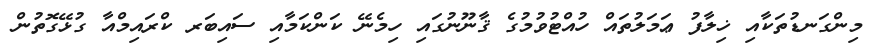
މިންގަނޑުތަކާއި ޚިލާފު ޢަމަލުތައް ހުއްޓުވުމުގެ ޤާނޫނުގައި ހިމެނޭ ކަންކަމާއި ސައިބަރ ކްރައިމްއާ ގުޅޭގޮތުން